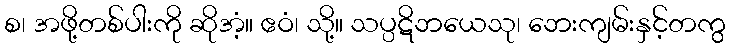
စ၊ အဖို့တစ်ပါးကို ဆိုအံ့။ ဧဝံ၊ သို့။ သပ္ပဋိဘယေသု၊ ဘေးကျမ်းနှင့်တကွ